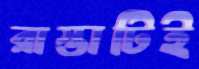
রাস্তাটিই